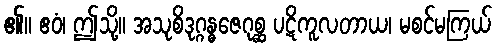
၏။ ဧဝံ၊ ဤသို့။ အသုစိဒုဂ္ဂန္ဓဇေဂုစ္ဆ ပဋိကူလတာယ၊ မစင်မကြယ်